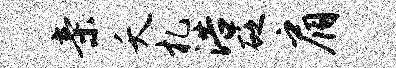
亲夭札浩砭肩